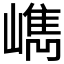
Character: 𡼕